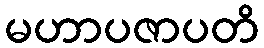
မဟာပဇာပတိ